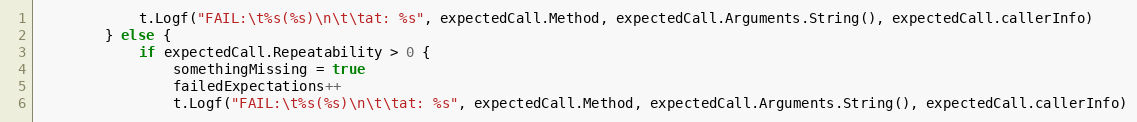
Language: Go
			t.Logf("FAIL:\t%s(%s)\n\t\tat: %s", expectedCall.Method, expectedCall.Arguments.String(), expectedCall.callerInfo)
		} else {
			if expectedCall.Repeatability > 0 {
				somethingMissing = true
				failedExpectations++
				t.Logf("FAIL:\t%s(%s)\n\t\tat: %s", expectedCall.Method, expectedCall.Arguments.String(), expectedCall.callerInfo)